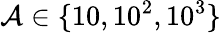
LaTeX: \mathcal{A}\in\{ 10,10^{2},10^{3}\}